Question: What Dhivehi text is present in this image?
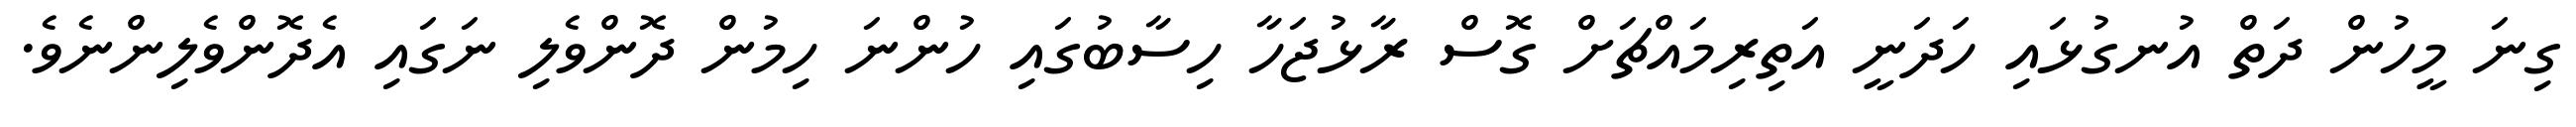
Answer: ގިނަ މީހުން ދަތް އުނގުޅައި ހަދަނީ އަތިރިމައްޗަށް ގޮސް ރާޅުޖަހާ ހިސާބުގައި ހުންނަ ހިމުން ދޮންވެލި ނަގައި އެދޮންވެލިންނެވެ.